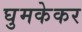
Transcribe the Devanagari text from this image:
घुमकेकर